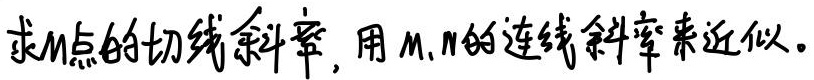
求M点的切线斜率, 用M、N的连线斜率来近似。